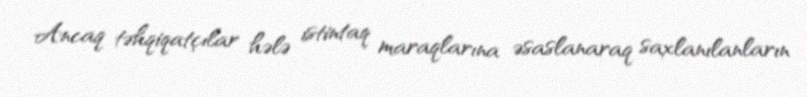
Ancaq təhqiqatçılar hələ istintaq maraqlarına əsaslanaraq saxlanılanların